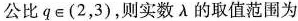
公比$$q \in(2,3)$$，则实数\lambda 的取值范围为